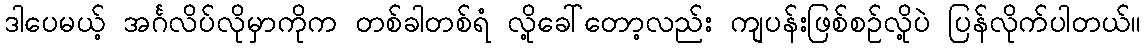
ဒါပေမယ့် အင်္ဂလိပ်လိုမှာကိုက တစ်ခါတစ်ရံ လို့ခေါ်တော့လည်း ကျပန်းဖြစ်စဉ်လို့ပဲ ပြန်လိုက်ပါတယ်။